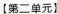
【第二单元】